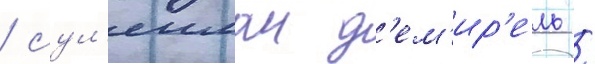
/ сул'еиман д'ем'ир'ель /